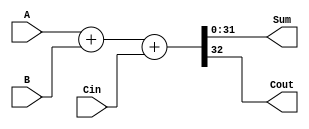
module add_sub #(parameter N=32)(
    input Cin, 
    input [N-1:0]A, 
    input[N-1:0]B,
    output [N-1:0]Sum, 
    output Cout
    );
assign {Cout,Sum} = A + B + Cin;
endmodule